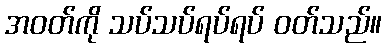
အဝတ်ကို သပ်သပ်ရပ်ရပ် ဝတ်သည်။